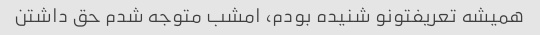
همیشه تعریفتونو شنیده بودم، امشب متوجه شدم حق داشتن